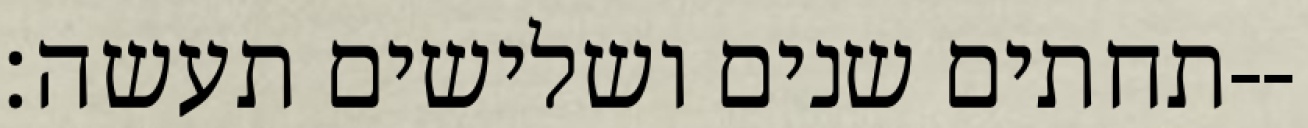
תחתים שנים ושלישים תעשה׃--